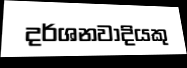
දර්ශනවාදියකු